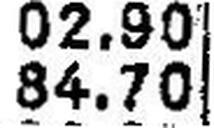
84.70